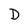
Character: D